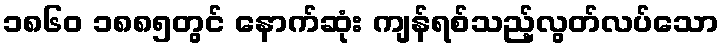
၁၈၆၀ ၁၈၈၅တွင် နောက်ဆုံး ကျန်ရစ်သည့်လွတ်လပ်သော